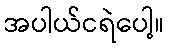
အပါယ်ငရဲပေါ့။